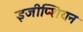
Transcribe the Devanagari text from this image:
इजीप्शियन